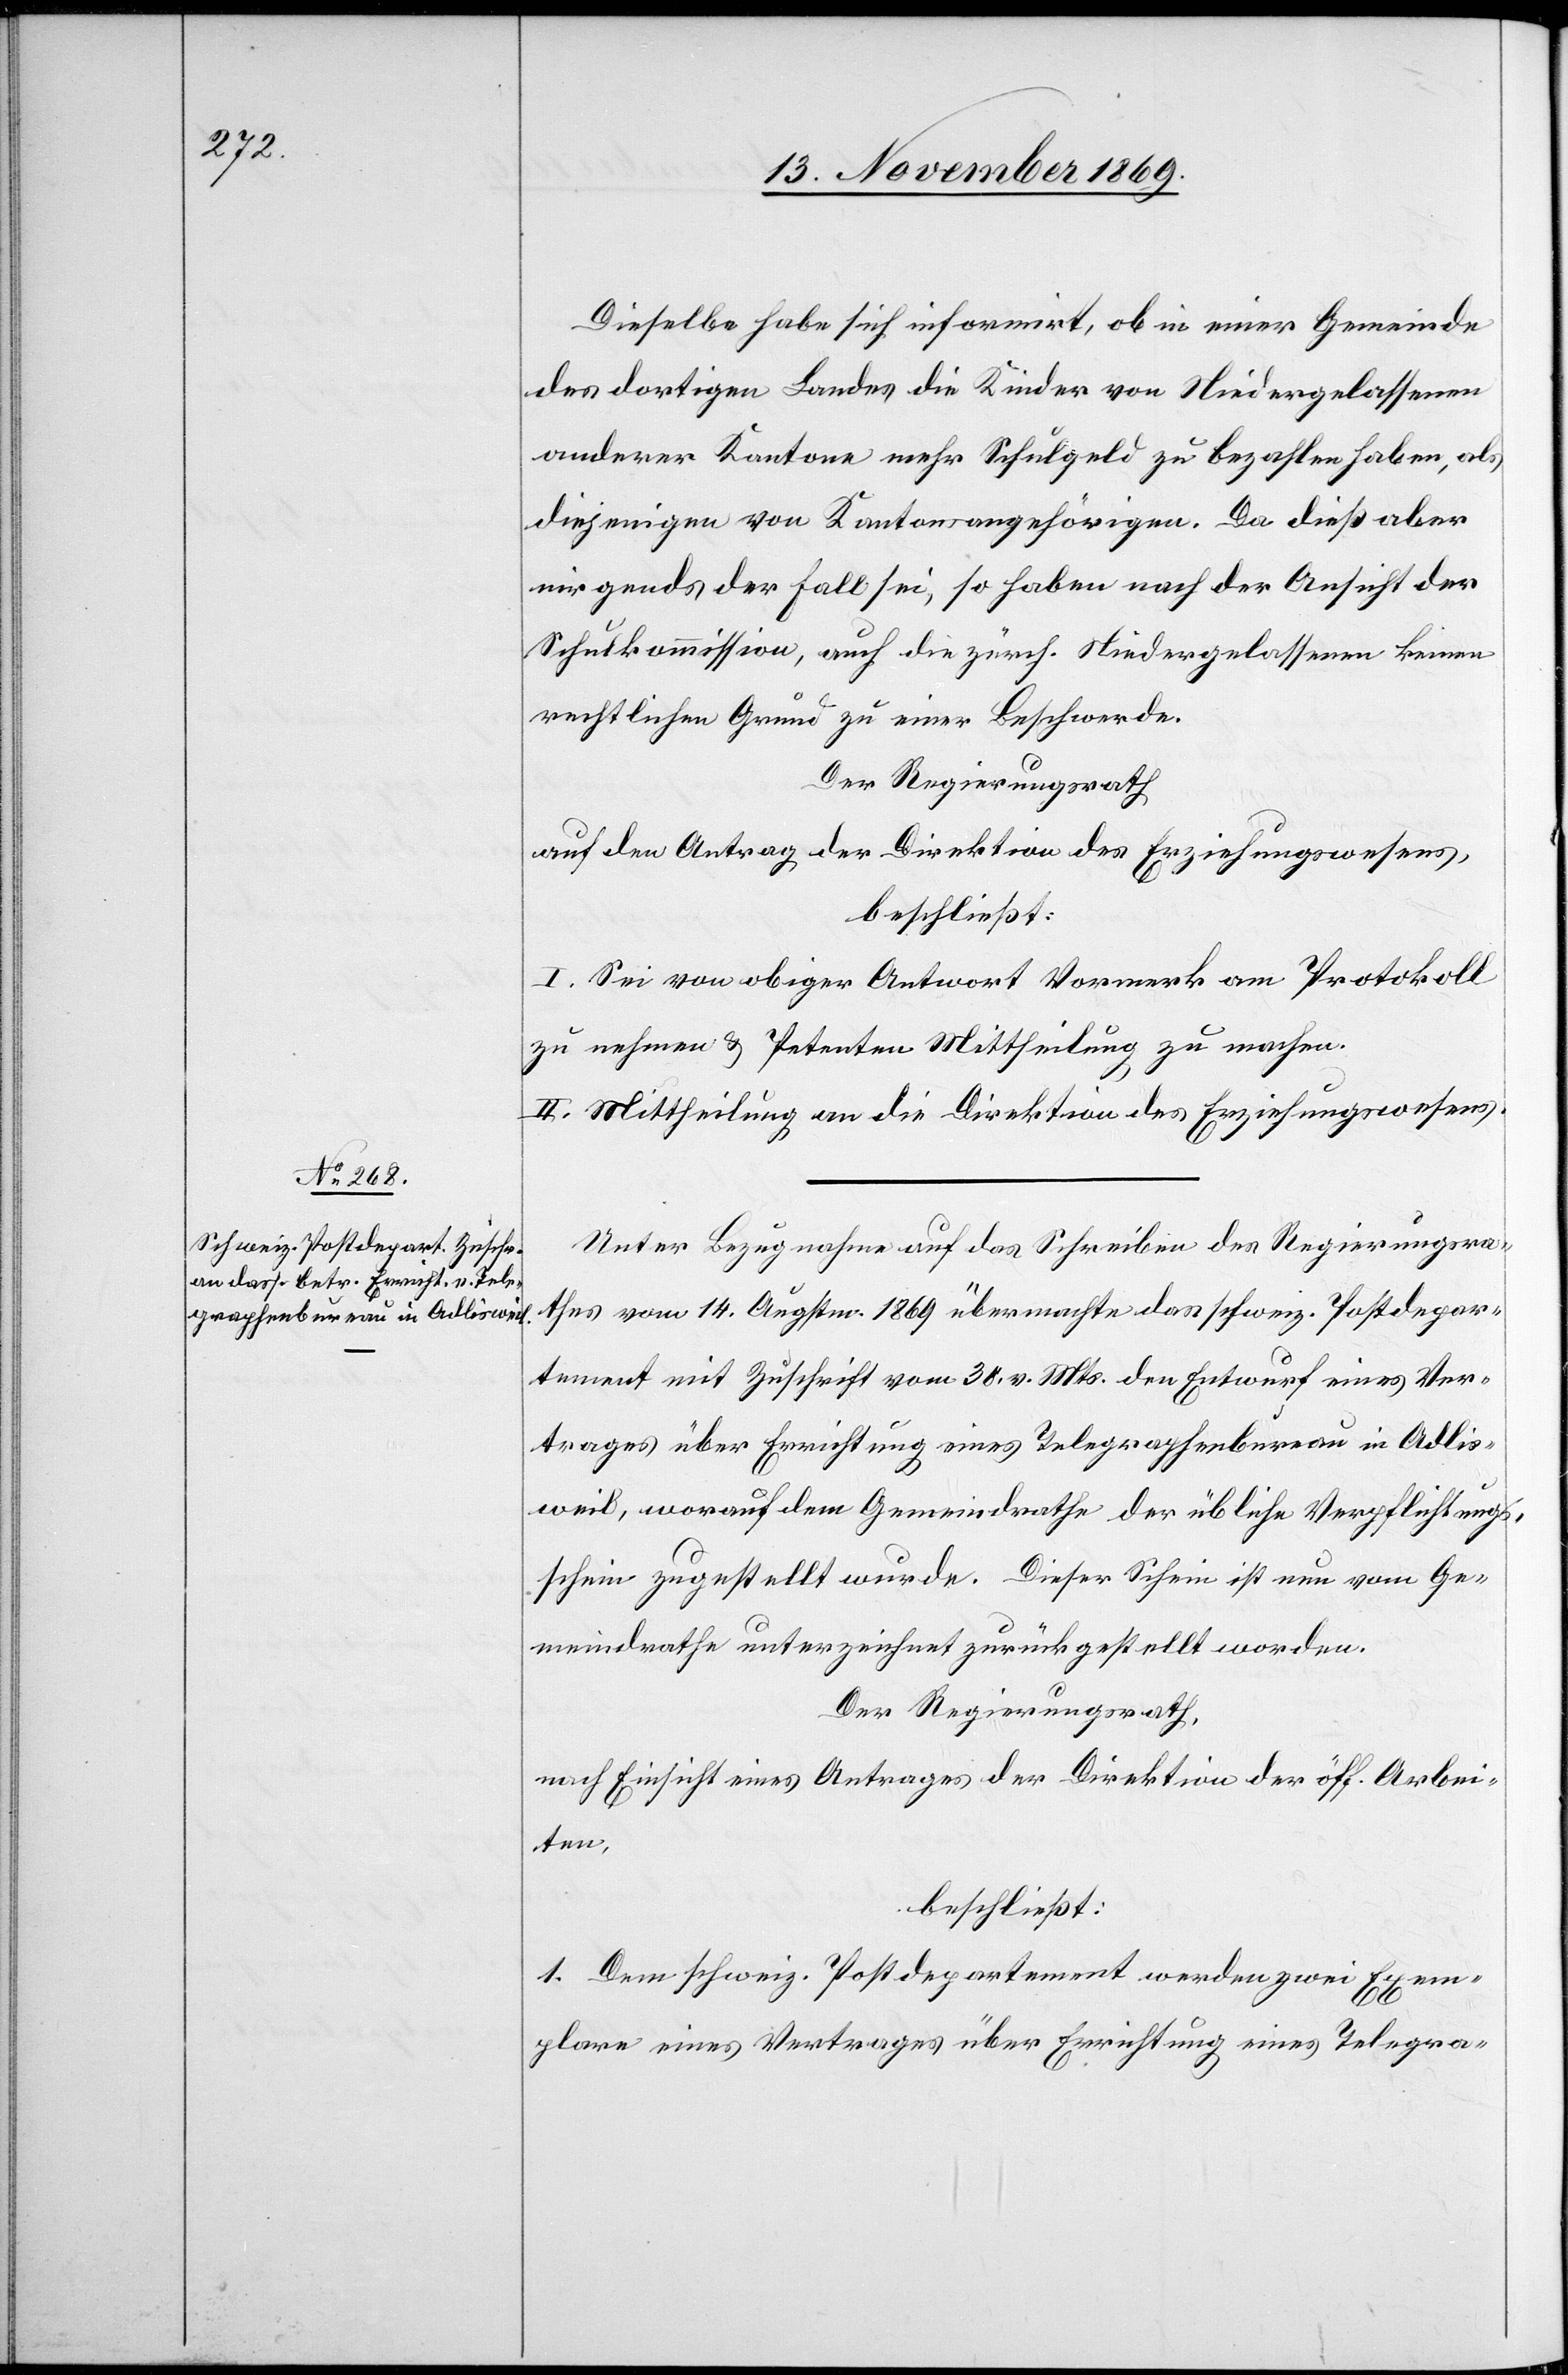
Dieselbe habe sich informirt, ob in einer Gemeinde
des dortigen Landes die Kinder von Niedergelassenen
anderer Kantone mehr Schulgeld zu bezahlen haben, als
diejenigen von Kantonsangehörigen. Da dieß aber
nirgends der Fall sei, so haben nach der Ansicht der
Schulkommission, auch die zürch. Niedergelassenen keinen
rechtlichen Grund zu einer Beschwerde.
Der Regierungsrath
auf den Antrag der Direktion des Erziehungswesens,
beschließt:
I. Sei von obiger Antwort Vormerk am Protokoll
zu nehmen & Petenten Mittheilung zu machen.
II. Mittheilung an die Direktion des Erziehungswesens.
Unter Bezugnahme auf das Schreiben des Regierungsra¬
thes vom 14. Augstm. 1869 übermachte das schweiz. Postdepar¬
tement mit Zuschrift vom 30. v. Mts. den Entwurf eines Ver¬
trages über Errichtung eines Telegraphenbureau in Adlis¬
weil, worauf dem Gemeindrathe der übliche Verpflichtungs¬
schein zugestellt wurde. Dieser Schein ist nun vom Ge¬
meindrathe unterzeichnet zurückgestellt worden.
Der Regierungsrath,
nach Einsicht eines Antrages der Direktion der öff. Arbei¬
ten,
beschließt:
1. Dem schweiz. Postdepartement werden zwei Exem¬
plare eines Vertrages über Errichtung eines Telegra-